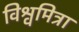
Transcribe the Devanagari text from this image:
विश्वमित्रा